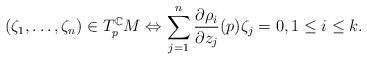
LaTeX: \begin{align*}(\zeta_1,\dots, \zeta_n)\in T^{\mathbb{C}}_pM \Leftrightarrow \sum_{j=1}^n\dfrac{\partial\rho_i}{\partial z_j}(p)\zeta_j=0,1\leq i\leq k.\end{align*}